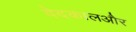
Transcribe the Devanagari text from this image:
वेदकालऔर